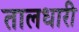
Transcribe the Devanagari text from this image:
तालधारी